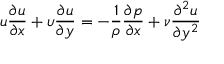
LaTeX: u { \frac { \partial u } { \partial x } } + \upsilon { \frac { \partial u } { \partial y } } = - { \frac { 1 } { \rho } } { \frac { \partial p } { \partial x } } + { \nu } { \frac { \partial ^ { 2 } u } { \partial y ^ { 2 } } }